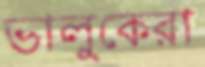
ভালুকেরা